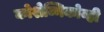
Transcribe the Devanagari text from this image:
कोशेव्निकोव्ही